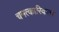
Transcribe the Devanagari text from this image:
चमत्कारिकता